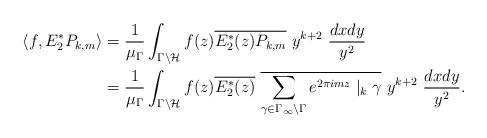
LaTeX: \begin{align*}\langle f, E_2^{*} P_{k, m} \rangle &= \frac{1}{\mu_{\Gamma}} \int_{\Gamma\setminus\mathcal{H}} f(z) \overline{E_2^{*}(z) P_{k,m}}~y^{k+2} ~\frac{dx dy}{y^2}\\&= \frac{1}{\mu_{\Gamma}} \int_{\Gamma\setminus\mathcal{H}} f(z) \overline{E_2^{*}(z)}~\overline{\sum_{\gamma\in\Gamma_{\infty}\setminus \Gamma}e^{2\pi imz}\mid_k\gamma}~y^{k+2} ~\frac{dx dy}{y^2}.\end{align*}